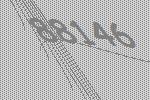
88146